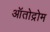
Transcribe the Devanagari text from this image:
ऑतोद्रोम